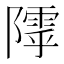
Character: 𱀸